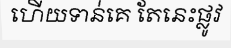
ហើយទាន់គេ តែនេះផ្លូវ